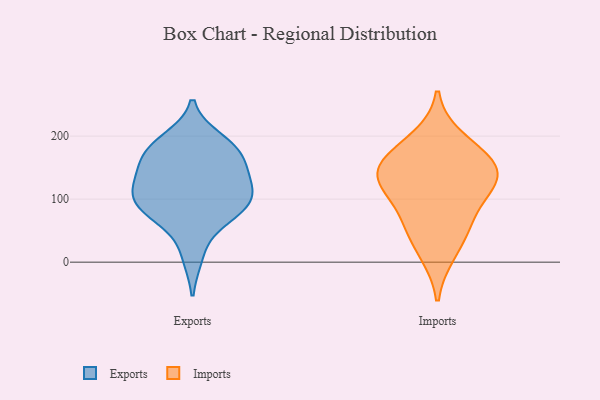
{"axis": {"x": "Energy Usage (MWh)", "y": "Value"}, "legend": ["Exports", "Imports"], "data": [{"x": "", "y": 107, "type": "Exports"}, {"x": "", "y": 173, "type": "Exports"}, {"x": "", "y": 87, "type": "Exports"}, {"x": "", "y": 11, "type": "Exports"}, {"x": "", "y": 193, "type": "Exports"}, {"x": "", "y": 93, "type": "Exports"}, {"x": "", "y": 120, "type": "Exports"}, {"x": "", "y": 179, "type": "Exports"}, {"x": "", "y": 77, "type": "Exports"}, {"x": "", "y": 177, "type": "Exports"}, {"x": "", "y": 151, "type": "Exports"}, {"x": "", "y": 137, "type": "Exports"}, {"x": "", "y": 74, "type": "Exports"}, {"x": "", "y": 117, "type": "Exports"}, {"x": "", "y": 116, "type": "Imports"}, {"x": "", "y": 60, "type": "Imports"}, {"x": "", "y": 196, "type": "Imports"}, {"x": "", "y": 14, "type": "Imports"}, {"x": "", "y": 155, "type": "Imports"}, {"x": "", "y": 62, "type": "Imports"}, {"x": "", "y": 126, "type": "Imports"}, {"x": "", "y": 123, "type": "Imports"}, {"x": "", "y": 163, "type": "Imports"}, {"x": "", "y": 153, "type": "Imports"}]}